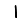
Digit: 1